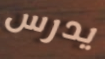
يدرس